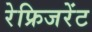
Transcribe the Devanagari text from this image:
रेफ्रिजरेंट